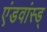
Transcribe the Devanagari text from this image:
एंडवांस्ड्